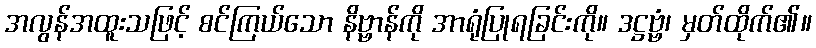
အလွန်အထူးသဖြင့် စင်ကြယ်သော နိဗ္ဗာန်ကို အာရုံပြုရခြင်းကို။ ဒဋ္ဌဗ္ဗံ၊ မှတ်ထိုက်၏။